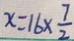
x = 1 6 \times \frac { 7 } { 2 }